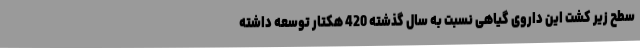
سطح زیر کشت این داروی گیاهی نسبت به سال گذشته 420 هکتار توسعه داشته